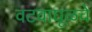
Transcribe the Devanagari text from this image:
वटवाघूळचे